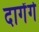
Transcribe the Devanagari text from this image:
दागेंगे